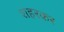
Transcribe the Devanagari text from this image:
शहरकर